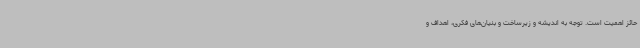
حائز اهمیت است. توجه به اندیشه و زیرساخت و بنیان‌های فکری، اهداف و